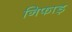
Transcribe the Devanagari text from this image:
निफाड़